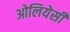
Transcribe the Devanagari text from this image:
ओलियेसी